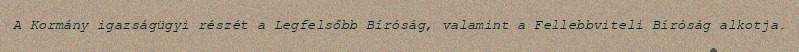
A Kormány igazságügyi részét a Legfelsőbb Bíróság, valamint a Fellebbviteli Bíróság alkotja.